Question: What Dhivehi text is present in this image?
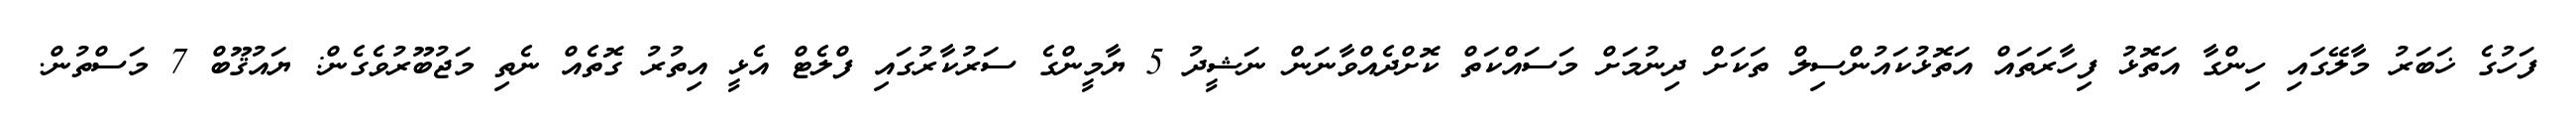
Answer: ފަހުގެ ޚަބަރު މާލޭގައި ހިންގާ އަތޮޅު ފިހާރަތައް އަތޮޅުކައުންސިލް ތަކަށް ދިނުމަށް މަސައްކަތް ކޮށްދެއްވާނަން ނަޝީދު 5 ޔާމީންގެ ސަރުކާރުގައި ފްލެޓް އެޅީ އިތުރު ގޮތެއް ނެތި މަޖުބޫރުވެގެން: ޔައުޤޫބް 7 މަސްތުން.